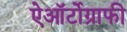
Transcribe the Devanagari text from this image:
ऐऑर्टोग्राफी